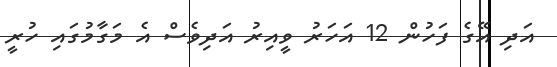
އަދި އޭގެ ފަހުން 12 އަހަރު ވީއިރު އަދިވެސް އެ މަގާމުގައި ހުރީ